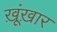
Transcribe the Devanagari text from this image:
ख़ूंख़ार